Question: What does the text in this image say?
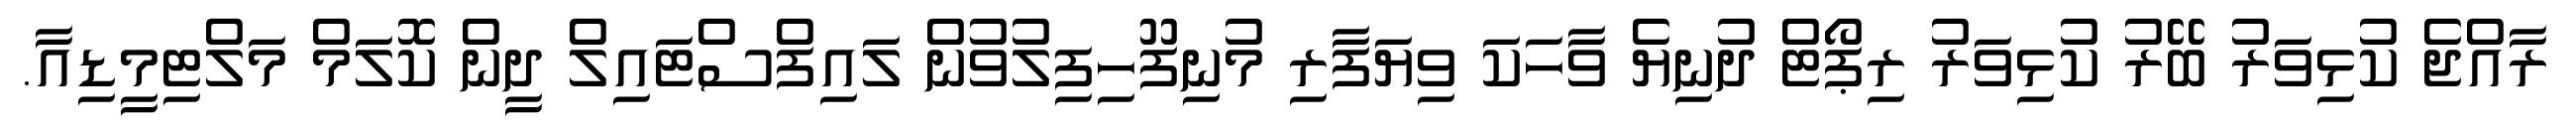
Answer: ރާއްޖެ ކުޅިވަރު ބޭރު ކުޅިވަރު ރިޕޯޓް ދުނިޔެ ވާހަކަ ވިޔަފާރި މުނިފޫހިފިލުވުން ލައިފްސްޓައިލް ދީން ކޮލަމް މަލްޓިމީޑިއާ.